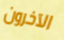
الآخرون